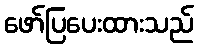
ဖော်ပြပေးထားသည်